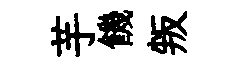
芋饑叛